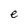
Character: e